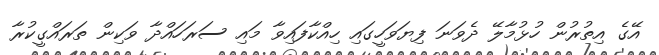
އޭގެ އިތުރުން ހުޅުމާލޭ ދެވަނަ ފިޔަވަހީގައި ހިއްކާފައިވާ މައި ސަރަހައްދާ ވަކިން ތަރައްގީކުރާ